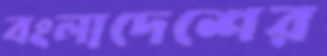
বংলাদেশের